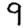
Digit: 9